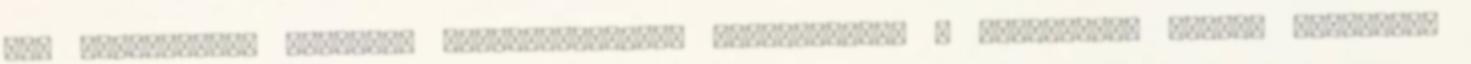
egy botmixerrel alaposan összepürésítem. Hozzákeverem a joghurtot, mézzel édesítem,